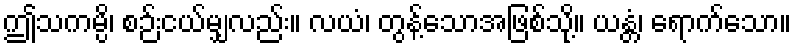
ဤသကမ္ပိ၊ စဉ်းငယ်မျှလည်း။ လယံ၊ တွန့်သောအဖြစ်သို့။ ယန္တံ၊ ရောက်သော။